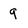
Character: 9